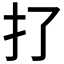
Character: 𢩪